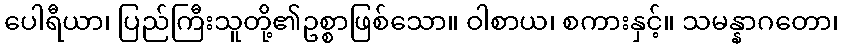
ပေါရီယာ၊ ပြည်ကြီးသူတို့၏ဥစ္စာဖြစ်သော။ ဝါစာယ၊ စကားနှင့်။ သမန္နာဂတော၊